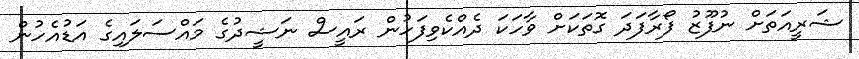
ޝަރީއަތަށް ނުފޫޒު ފޯރާފަދަ ގޮތަކަށް ވާހަކަ ދެއްކެވިފަހުން ރައީސް ނަޝީދުގެ މައްސަލައިގެ އަޑުއެހުން